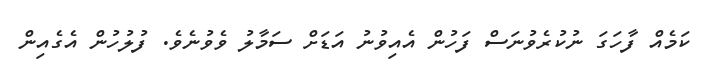
ކަމެއް ފާހަގަ ނުކުރެވުނަސް ފަހުން އެއިވުނު އަޑަށް ސަމާލު ވެވުނެވެ. ފުލުހުން އެގެއިން